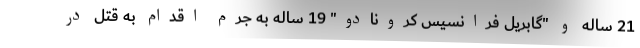
21 ساله و "گابریل فرانسیس کرونادو" 19 ساله به جرم اقدام به قتل در